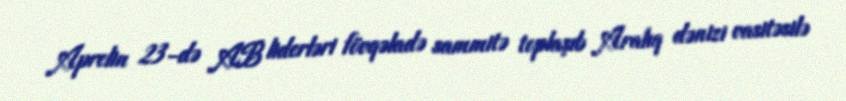
Aprelin 23-də AB liderləri fövqəladə sammitə toplaşıb Aralıq dənizi vasitəsilə